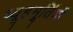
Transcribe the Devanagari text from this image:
व्यूहमूर्तियों